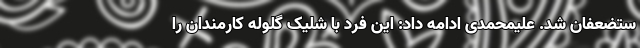
ستضعفان شد. علیمحمدی ادامه داد: این فرد با شلیک گلوله کارمندان را